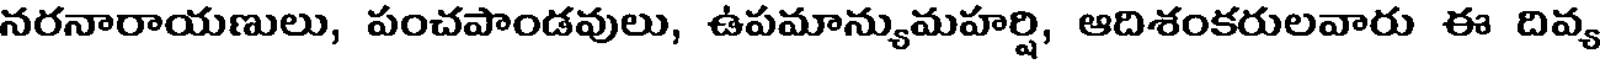
నరనారాయణులు, పంచపాండవులు, ఉపమాన్యుమహర్షి, ఆదిశంకరులవారు ఈ దివ్య